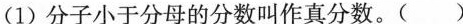
(1)分子小于分母的分数叫作真分数。( )